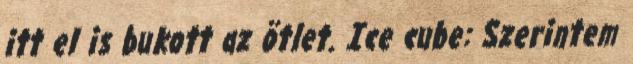
itt el is bukott az ötlet. Ice cube: Szerintem